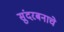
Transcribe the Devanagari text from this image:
सुंदरबनाचे